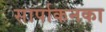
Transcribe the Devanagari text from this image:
सार्पाकनका